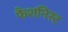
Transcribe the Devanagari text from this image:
फैशनिस्ट